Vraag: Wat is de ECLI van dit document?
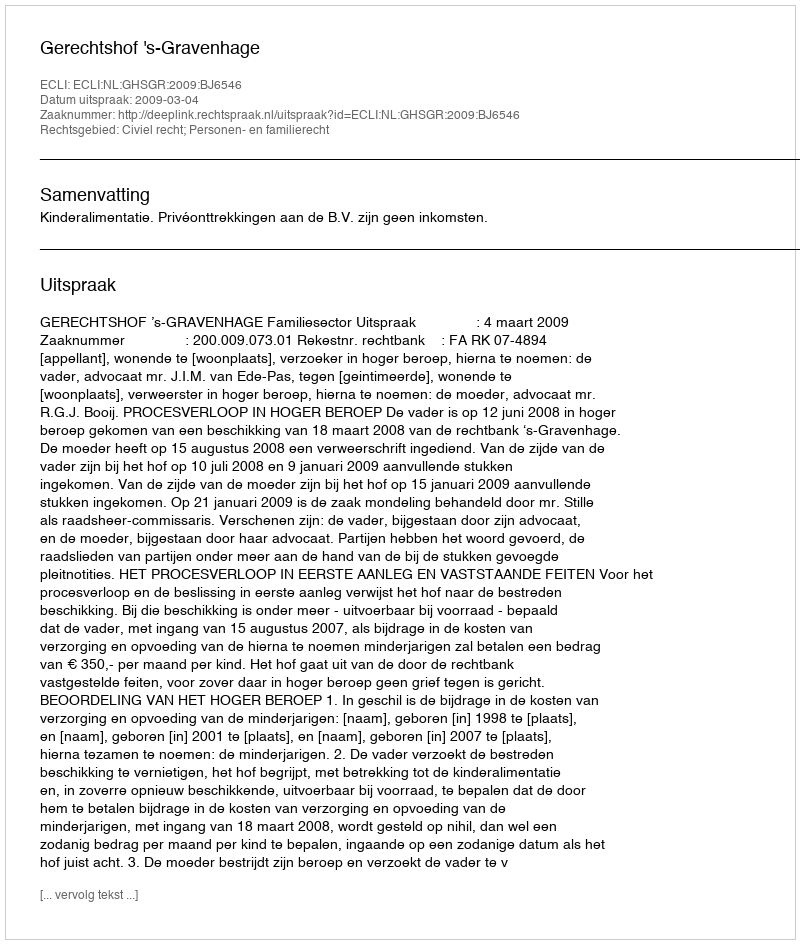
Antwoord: ECLI:NL:GHSGR:2009:BJ6546